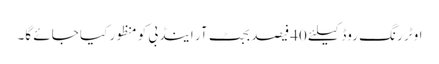
اوٹر رنگ روڈ کیلئے 40فیصد بجٹ آر اینڈ بی کو منظور کیا جائے گا۔